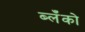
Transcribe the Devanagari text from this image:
ब्लँको